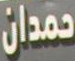
حمدان